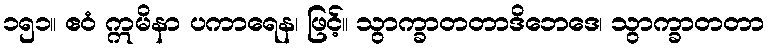
၁၅၁။ ဧဝံ ဣမိနာ ပကာရေန၊ ဖြင့်။ သွာက္ခာတတာဒိဘေဒေ၊ သွာက္ခာတတာ